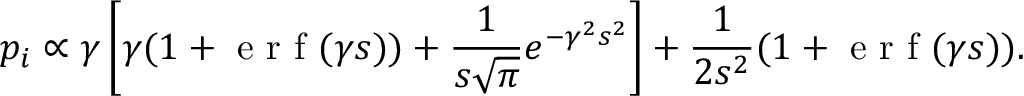
p _ { i } \propto \gamma \left[ \gamma ( 1 + \mathrm { ~ e ~ r ~ f ~ } ( \gamma s ) ) + \frac { 1 } { s \sqrt { \pi } } e ^ { - \gamma ^ { 2 } s ^ { 2 } } \right] + \frac { 1 } { 2 s ^ { 2 } } ( 1 + \mathrm { ~ e ~ r ~ f ~ } ( \gamma s ) ) .